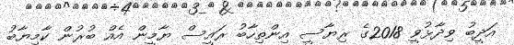
އަދީބު ވިދާޅުވީ 2018ގެ ރިޔާސީ އިންތިހާބު ރައީސް ޔާމީން އެއް ބުރުން ކާމިޔާބު